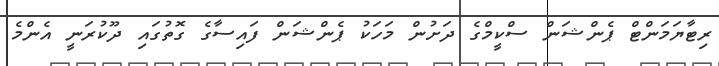
ރިޓާޔަމަންޓް ޕެންޝަން ސްކީމްގެ ދަށުން މަހަކު ޕެންޝަން ފައިސާގެ ގޮތުގައި ދޫކުރަނީ އެންމެ